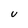
Character: U